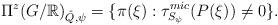
LaTeX: \begin{align*} \Pi^{z}(G/\mathbb{R})_{\hat{Q},\psi} = \{\pi(\xi) :\tau_{S_{\psi}}^{mic}(P(\xi)) \neq 0\}.\end{align*}